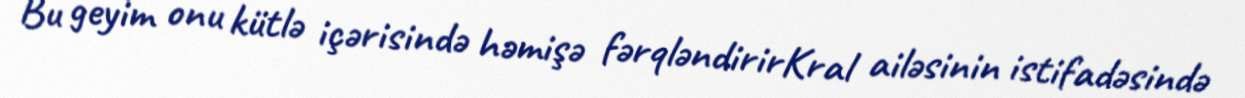
Bu geyim onu kütlə içərisində həmişə fərqləndirirKral ailəsinin istifadəsində